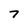
Character: 7